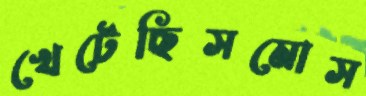
খেটেছিসমোস